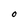
Character: O